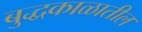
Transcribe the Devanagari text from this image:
बुद्धकाळातील